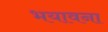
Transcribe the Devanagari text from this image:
भयावना